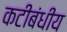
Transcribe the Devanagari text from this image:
कटीबंधीय